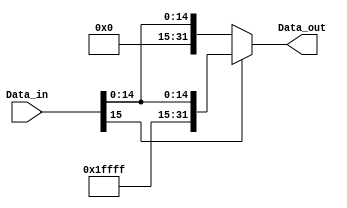
module sign_extend_16_32 (
  input wire [15:0] Data_in,
  output wire [31:0] Data_out
);

  assign Data_out = (Data_in[15]) ? {{16{1'b1}}, Data_in} : {{16{1'b0}}, Data_in};

endmodule